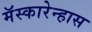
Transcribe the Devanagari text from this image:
मॅस्कारेन्हास